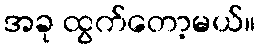
အခု ထွက်တော့မယ်။